Indian journal of veterinary science and animal husbandry - Volume 14,
Year: 1944
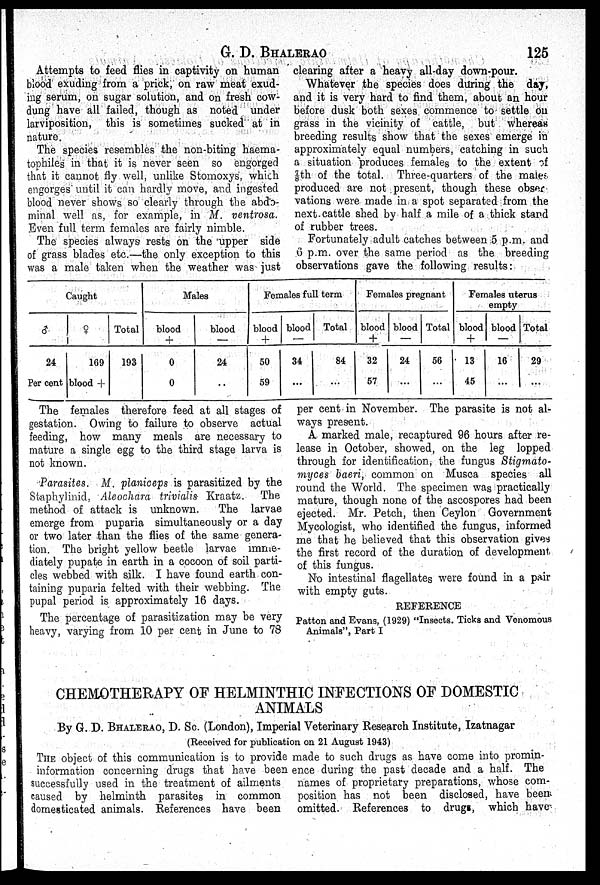
G. D. BHALERAOG. D. BHALERAO 125
Attempts to feed flies in captivity on human
blood exuding from a prick, on raw meat exud
ing serum, on sugar solution, and on fresh cow-
dung have all failed, though as noted under
larviposition, this is sometimes sucked" at in
nature.
The species resembles the non-biting haema-
tophiles in that it is never seen so engorged
that it cannot fly well, unlike Stomoxys, which
engorges until it can hardly move, and ingested
blood never shows so clearly through the abdo
minal well as, for example, in M. ventrosa.
Even full term females are fairly nimble.
The species always rests on the upper side
of grass blades etc.—the only exception to this
was a male taken when the weather was just
clearing after a heavy all-day down-pour.
Whatever the species does during the day,
and it is very hard to find them, about an hour
before dusk both sexes commence to settle on
grass in the vicinity of cattle, but whereas
breeding results show that the sexes emerge in
approximately equal numbers, catching in such
a situation produces females to the extent of
⅞th of the total. Three-quarters of the males
produced are not present, though these obser
vations were made in a spot separated from the
next cattle shed by half a mile of a thick stand
of rubber trees.
Fortunately adult catches between 5 p.m. and
6 p.m. over the same period as the breeding
observations gave the following results:
Caught
♂
24
Per cent
♀
169
blood +
Total
193
Males
blood
+
0
0
blood
—
24
..
Females full term
blood
+
50
59
blood
—
34
...
Total
84
...
Females pregnant
blood
+
32
57
blood
—
24
...
Total
56
...
Females uterus
blood
+
13
45
blood
—
16
...
Total
29
...
The females therefore feed at all stages of
gestation. Owing to failure to observe actual
feeding, how many meals are necessary to
mature a single egg to the third stage larva is
not known.
Parasites. M. planiceps is parasitized by the
Staphylinid, Aleochara trivialis Kraatz. The
method of attack is unknown.
The larvae
emerge from puparia simultaneously or a day
or two later than the flies of the same genera
tion. The bright yellow beetle larvae imme
diately pupate in earth in a cocoon of soil parti
cles webbed with silk. I have found earth con
taining puparia felted with their webbing. The
pupal period is approximately 16 days.
The percentage of parasitization may be very
heavy, varying from 10 per cent in June to 78
per cent in November. The parasite is not al
ways present.
A marked male, recaptured 96 hours after re
lease in October, showed, on the leg lopped
through for identification, the fungus Stigmato-
myces baeri, common on Musca species all
round the World. The specimen was practically
mature, though none of the ascospores had been
ejected. Mr. Petch, then Ceylon Government
Mycologist, who identified the fungus, informed
me that he believed that this observation gives
the first record of the duration of development
of this fungus.
No intestinal flagellates were found in a pair
with empty guts.
REFERENCE
Patton and Evans, (1929) "Insects. Ticks and Venomous
Animals", Part I
CHEMOTHERAPY OF HELMINTHIC INFECTIONS OF DOMESTIC
ANIMALS
By G. D. BHALERAO, D. Sc. (London), Imperial Veterinary Research Institute, Izatnagar
(Received for publication on 21 August 1943)
THE object of this communication is to provide
information concerning drugs that have been
successfully used in the treatment of ailments
caused by helminth parasites in common
domesticated animals. References have been
made to such drugs as have come into promin
ence during the past decade and a half. The
names of proprietary preparations, whose com
position has not been disclosed, have been
omitted. References to drugs, which have